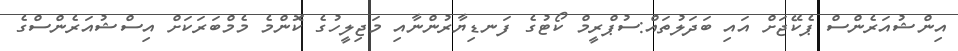
އިންޝުއަރެންސް ޕެކޭޖަށް އައި ބަދަލުތައް:ސުޕްރީމް ކޯޓުގެ ފަނޑިޔާރުންނާއި މަޖިލީހުގެ ކޮންމެ މެމްބަރަކަށް އިސްޝުއަރެންސްގެ